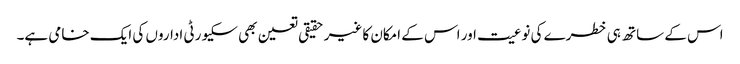
اس کے ساتھ ہی خطرے کی نوعیت اور اس کے امکان کا غیر حقیقی تعین بھی سکیورٹی اداروں کی ایک خامی ہے۔